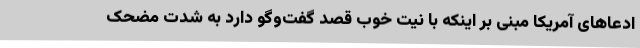
ادعاهای آمریکا مبنی بر اینکه با نیت خوب قصد گفت‌وگو دارد به شدت مضحک